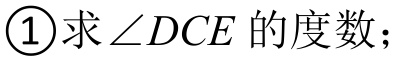
\textcircled{1}求\(\angle DCE\)的度数；